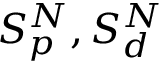
S _ { p } ^ { N } , S _ { d } ^ { N }